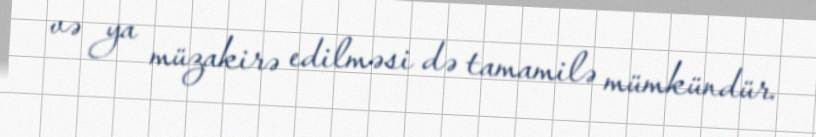
və ya müzakirə edilməsi də tamamilə mümkündür.